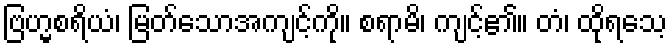
ဗြဟ္မစရိယံ၊ မြတ်သောအကျင့်ကို။ စရာမိ၊ ကျင့်၏။ တံ၊ ထိုရသေ့